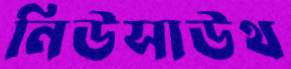
নিউসাউথ